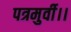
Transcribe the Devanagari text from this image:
पत्रमुर्वी।।